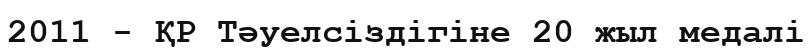
2011 - ҚР Тәуелсіздігіне 20 жыл медалі